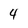
Character: 4